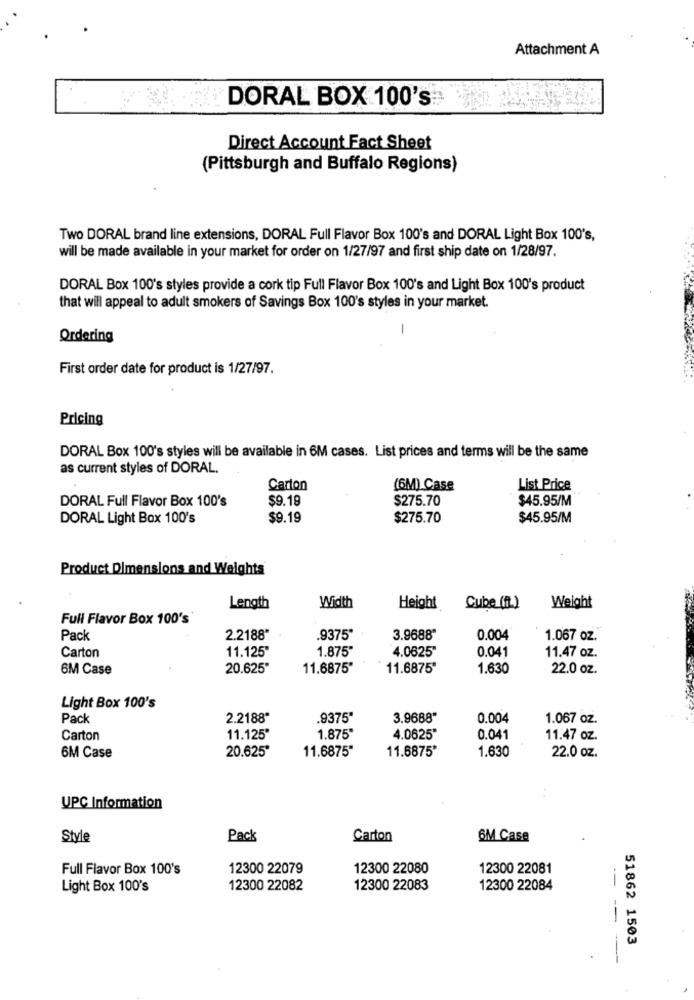
Attachment A
DORAL BOX 100's
Direct Account Fact Sheet
(Pittsburgh and Buffalo Regions)
Two DORAL brand line extensions, DORAL Full Flavor Box 100's and DORAL Light Box 100's,
will be made available in your market for order on 1/27/97 and first ship date on 1/28/97.
DORAL Box 100's styles provide a cork tip Full Flavor Box 100's and Light Box 100's product
that will appeal to adult smokers of Savings Box 100's styles in your market.
-
Ordering
First order date for product is 1/27/97.
Pricing
DORAL Box 100's styles will be available in 6M cases. List prices and terms will be the same
as current styles of DORAL
Carton
(6M) Case
List Price
DORAL Full Flavor Box 100's
$9.19
$275.70
$45.95/M
DORAL Light Box 100's
$9.19
$275.70
$45.95/M
Product Dimensions and Weights
Length
Width
Height
Cube (IL)
Weight
Full Flavor Box 100's
Pack
2.2188"
.9375"
3.9688"
0.004
1.067 oz.
1.875
Carton
11.125"
4.0625"
0.041
11.47 oz.
6M Case
20.625"
11.6875"
11.6875"
1.630
22.0 oz.
Light Box 100's
Pack
2.2188"
.9375*
3.9688"
0.004
1.067 oz.
Carton
11.125"
1.875
4.0625"
0.041
11.47 oz.
20.625"
11.6875"
11.6875"
1.630
6M Case
22.0 oz.
UPC Information
Style
Pack
Carton
6M Case
Full Flavor Box 100's
12300 22079
12300 22080
12300 22081
Light Box 100's
12300 22082
12300 22083
12300 22084
--
--
51862 1503